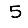
Digit: 5